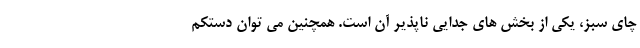
چای سبز، یکی از بخش های جدایی ناپذیر آن است. همچنین می توان دستکم